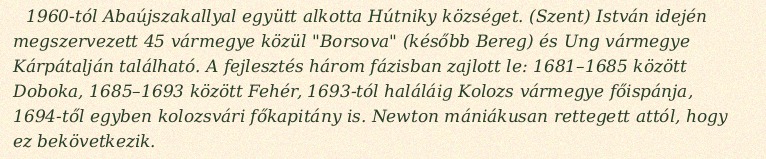
1960-tól Abaújszakallyal együtt alkotta Hútniky községet. (Szent) István idején megszervezett 45 vármegye közül "Borsova" (később Bereg) és Ung vármegye Kárpátalján található. A fejlesztés három fázisban zajlott le: 1681–1685 között Doboka, 1685–1693 között Fehér, 1693-tól haláláig Kolozs vármegye főispánja, 1694-től egyben kolozsvári főkapitány is. Newton mániákusan rettegett attól, hogy ez bekövetkezik.